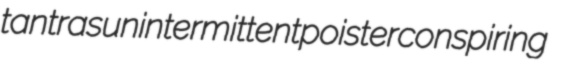
tantras unintermittent poister conspiring